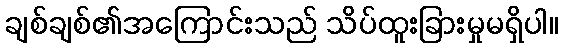
ချစ်ချစ်၏အကြောင်းသည် သိပ်ထူးခြားမှုမရှိပါ။